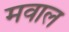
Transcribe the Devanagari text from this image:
मवाल